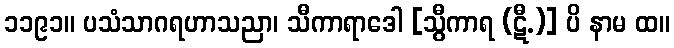
၁၁၉၁။ ပသံသာဂရဟာသညာ၊ သီကာရာဒေါ [သွီကာရ (ဋီ.)] ပိ နာမ ထ။